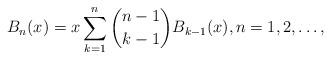
LaTeX: \begin{align*} B_n(x)=x\sum_{k=1}^{n} {n-1\choose k-1} B_{k-1}(x), n=1,2,\ldots, \end{align*}